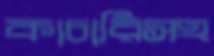
কাচারিসহ